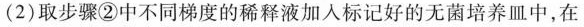
(2)取步骤②中不同梯度的稀释液加入标记好的无菌培养皿中，在